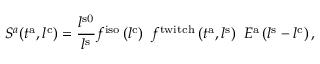
S ^ { a } ( t ^ { \mathrm { a } } , l ^ { \mathrm { { c } } } ) = \frac { l ^ { \mathrm { s 0 } } } { l ^ { \mathrm { s } } } f ^ { \mathrm { i s o } } \left( l ^ { \mathrm { c } } \right) \ f ^ { \mathrm { t w i t c h } } \left( t ^ { \mathrm { a } } , l ^ { \mathrm { s } } \right) \ E ^ { \mathrm { a } } \left( l ^ { \mathrm { s } } - l ^ { \mathrm { c } } \right) ,